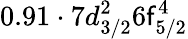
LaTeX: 0.91\cdot7d_{3/2}^{2}6\mathsf{f}_{5/2}^{4}